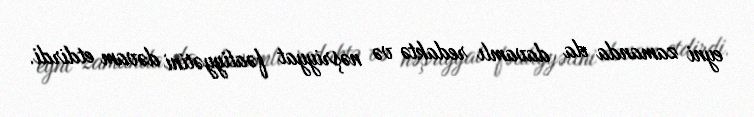
eyni zamanda da davamlı redaktə və nəşriyyat fəaliyyətini dəvam etdirdi.